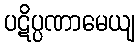
ပဋိပ္ပဏာမေယျ